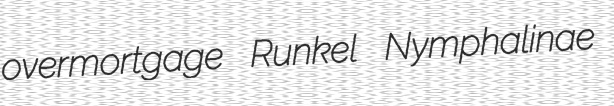
overmortgage Runkel Nymphalinae